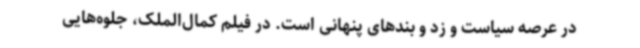
در عرصه سیاست و زد و بندهای پنهانی است. در فیلم کمال‌الملک، جلوه‌هایی